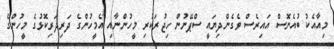
މިއާއެކު ބުއެނޮސް އައިރެސް ވެގެންދިޔައީ ސްޕޭނުން ހިޖުރަކުރި މީހުންނާއި އެމީހުންގެ ދަރިދަރިކޮޮޅުގެ މީހުންގެ